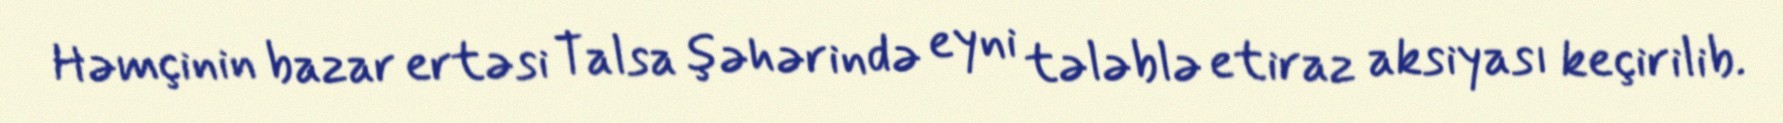
Həmçinin bazar ertəsi Talsa şəhərində eyni tələblə etiraz aksiyası keçirilib.